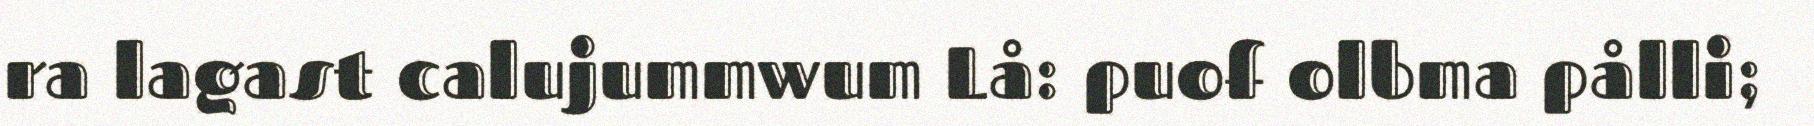
ra lagast calujummwum Lå: puof olbma pålli;